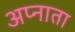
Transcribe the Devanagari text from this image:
अप्नाता